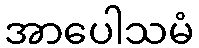
အာပေါသမံ